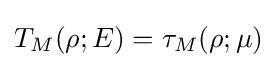
T_{M}(\rho ;E)=\tau _{M}(\rho ;\mu )